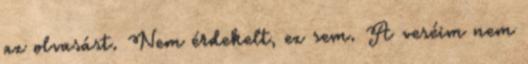
az olvasást. Nem érdekelt, ez sem. A veséim nem